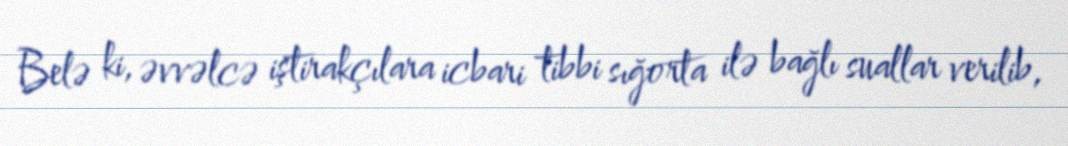
Belə ki, əvvəlcə iştirakçılara icbari tibbi sığorta ilə bağlı suallar verilib,